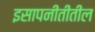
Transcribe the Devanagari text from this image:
इसापनीतीतील